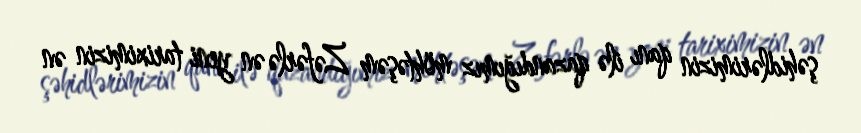
şəhidlərimizin qanı ilə qazandığımız möhtəşəm Zəfərlə ən yeni tariximizin ən